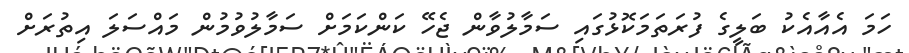
ހަމަ އެއާއެކު ބަލީގެ ފުރަތަމަކޮޅުގައި ސަމާލުވާން ޖެހޭ ކަންކަމަށް ސަމާލުވުމުން މައްސަލަ އިތުރަށް